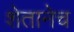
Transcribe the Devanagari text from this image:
शेतानेच